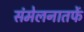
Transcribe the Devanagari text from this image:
संमेलनातर्फे